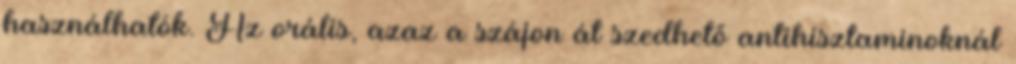
használhatók. Az orális, azaz a szájon át szedhető antihisztaminoknál